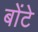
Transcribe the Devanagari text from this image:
बोंटे